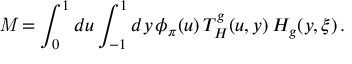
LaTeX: { \it M } = \int _ { 0 } ^ { 1 } d u \int _ { - 1 } ^ { 1 } d y \, \phi _ { \pi } ( u ) \, T _ { H } ^ { g } ( u , y ) \, { \cal H } _ { g } ( y , \xi ) \, .